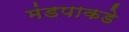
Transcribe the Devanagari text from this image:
मंडपाकडे